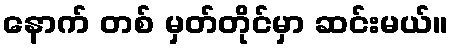
နောက် တစ် မှတ်တိုင်မှာ ဆင်းမယ်။